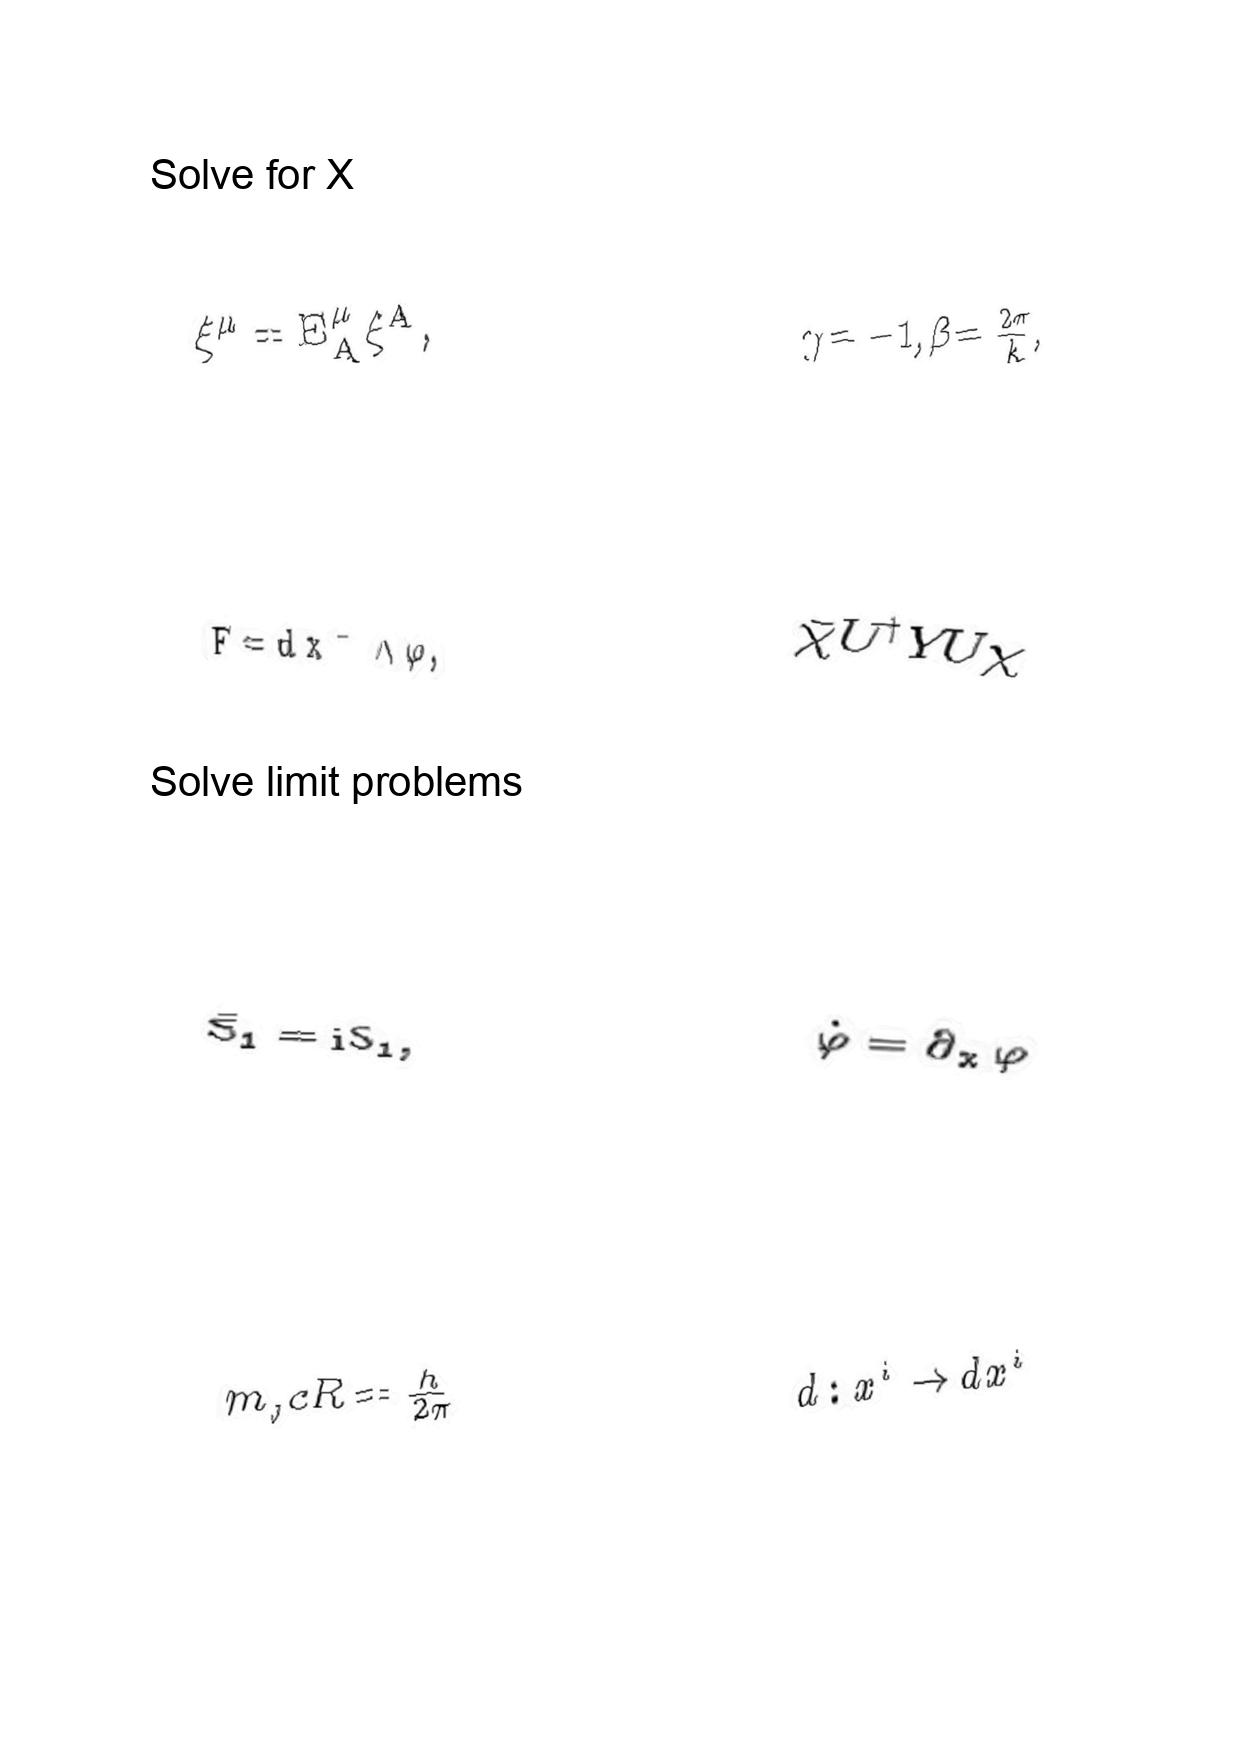
LaTeX transcription:
\xi ^ { \mu } = E _ { A } ^ { \mu } \xi ^ { A } ,
F = d x ^ { - } \wedge \varphi ,
\tilde { S } _ { 1 } = \mathrm { i } S _ { 1 } ,
m _ { _ { J } } c R = \frac { h } { 2 \pi }
\gamma = - 1 , \beta = \frac { 2 \pi } { k } ,
\bar { \chi } U ^ { \dag } Y U \chi
\dot { \varphi } = \partial _ { x } \varphi
d : x ^ { i } \rightarrow d x ^ { i }